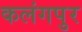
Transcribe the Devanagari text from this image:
कलंगपुर